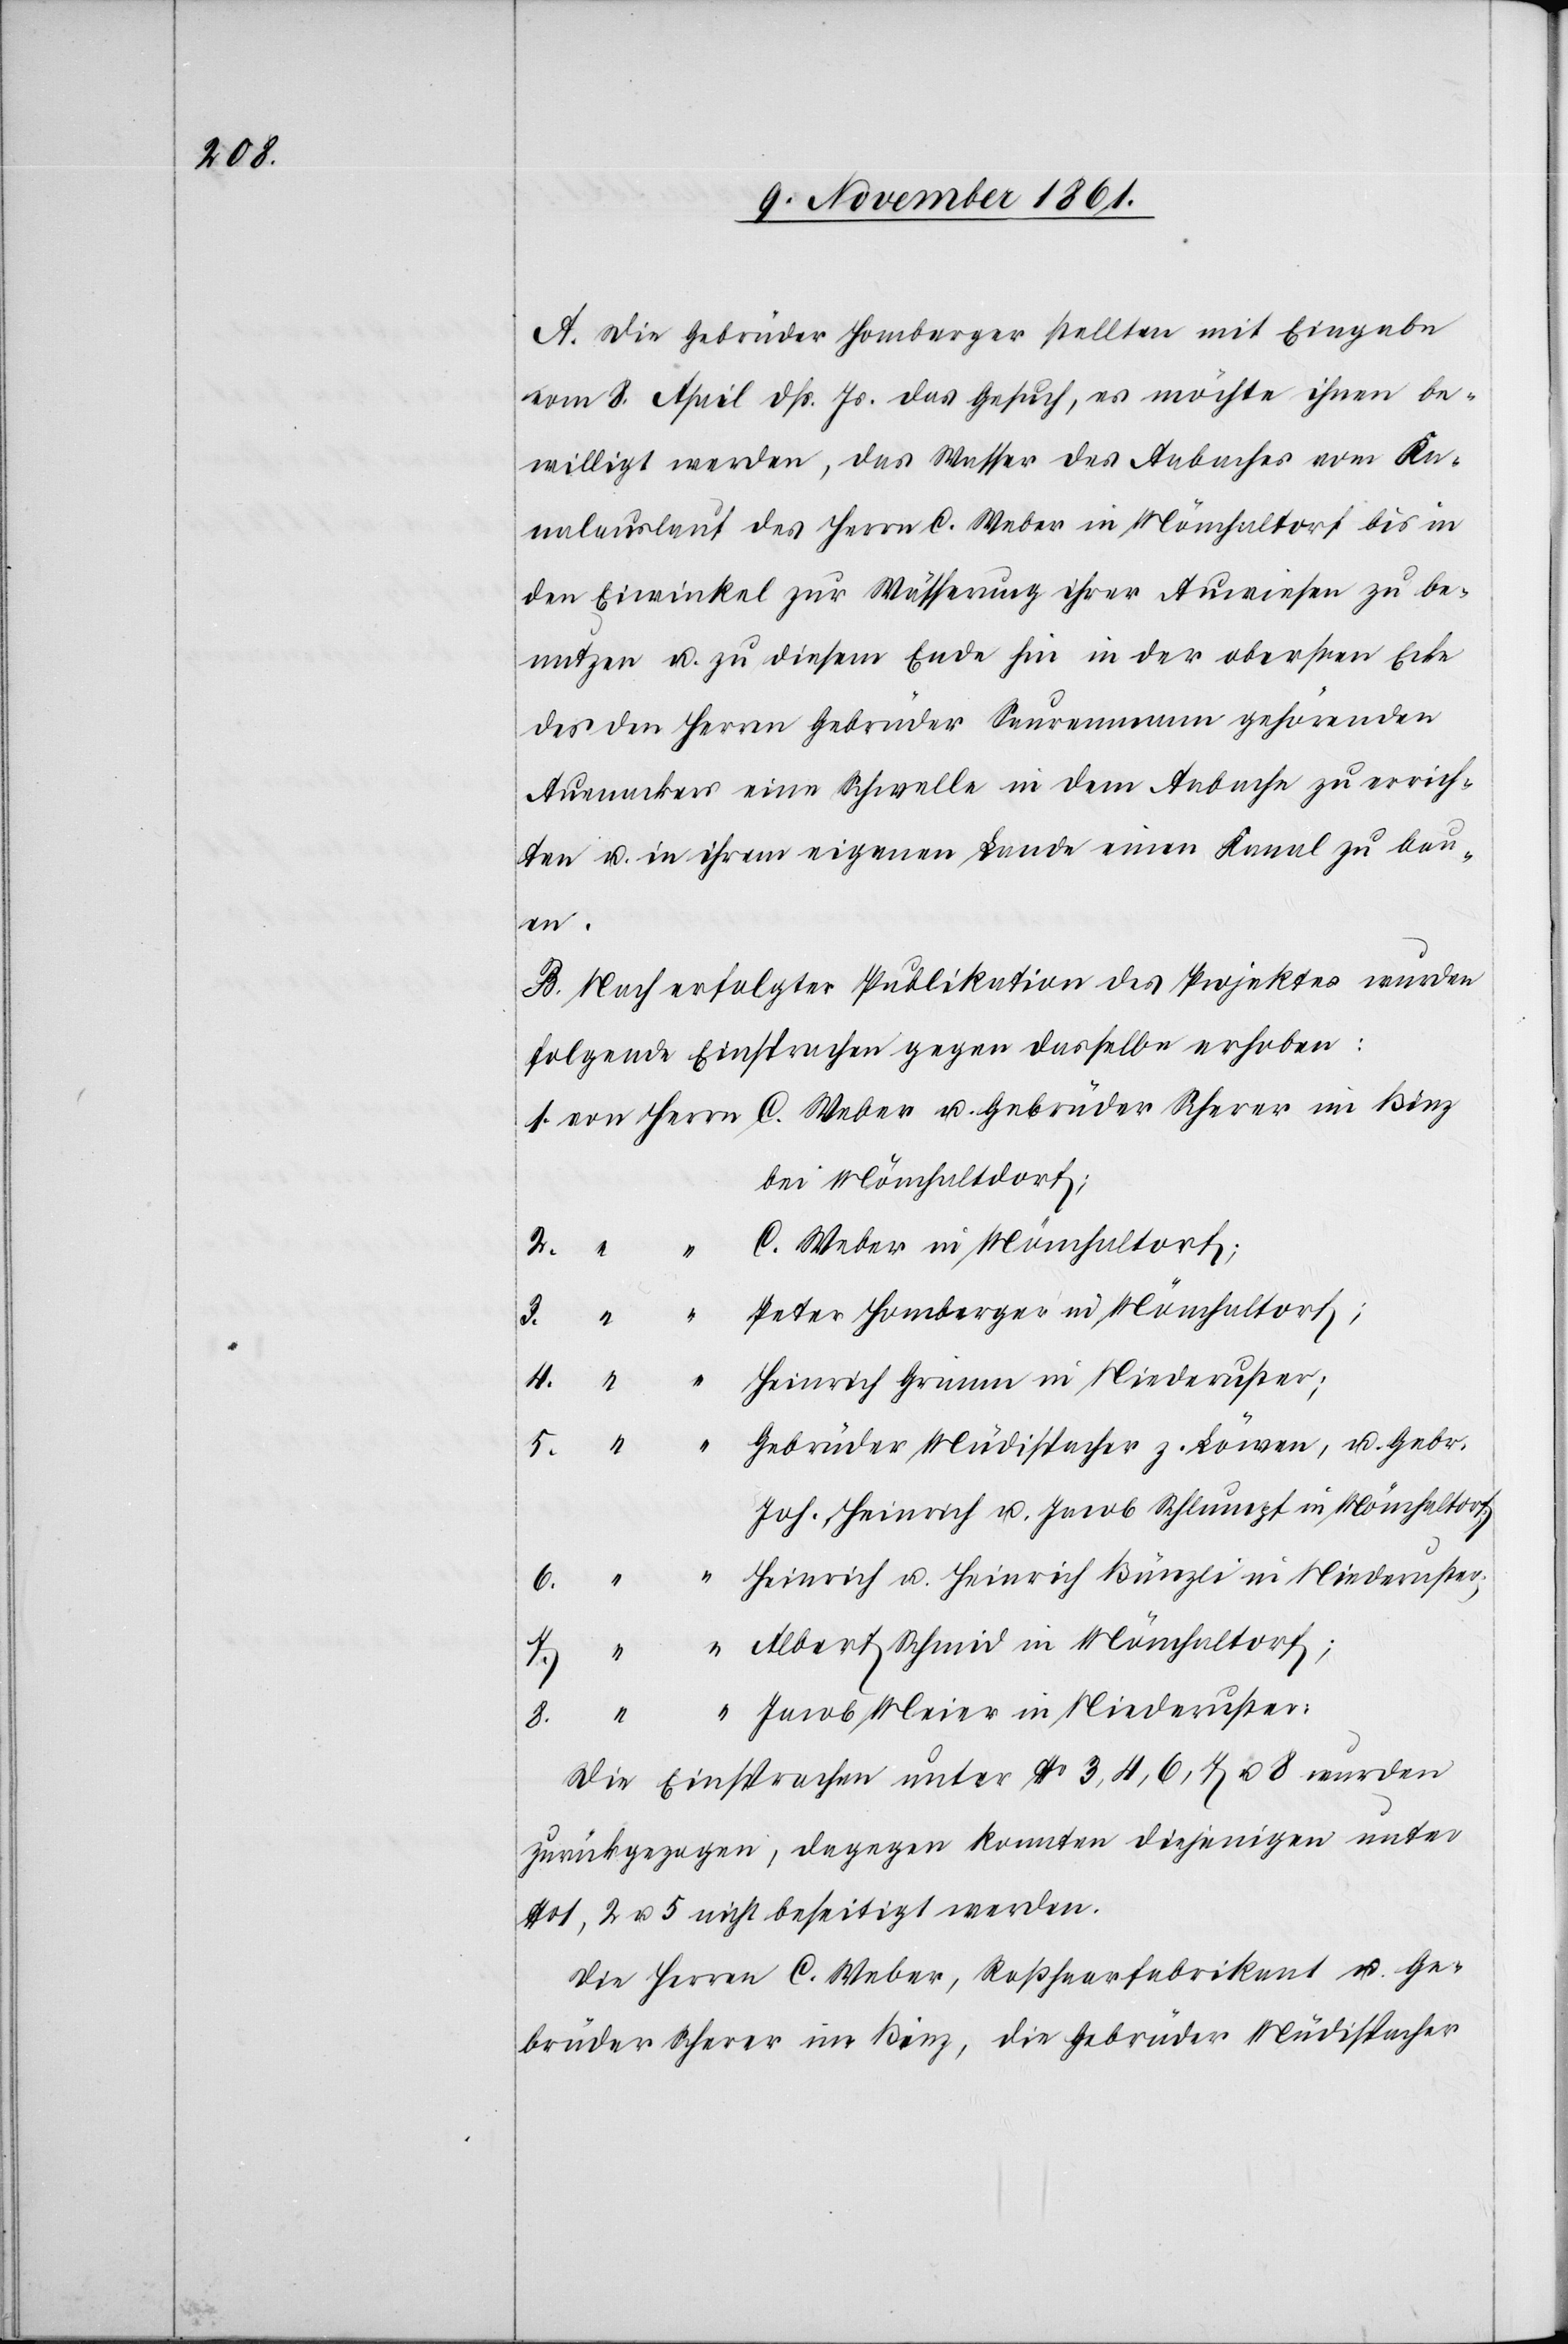
A. Die Gebrüder Homberger stellten mit Eingabe
vom 8 April dß. Js. das Gesuch, es möchte ihnen be¬
willigt werden, das Wasser des Aabaches vom Ka¬
nalauslauf des Herrn C. Weber in Mönchaltorf bis in
den Eiwinkel zur Wässerung ihrer Auwiesen zu be¬
nutzen u. zu diesem Ende hin in der obersten Ecke
des den Herrn Gebrüder Seurenmann gehörenden
Auenackers eine Schwelle in dem Aabache zu errich¬
ten u. in ihrem eigenen Lande einen Kanal zu bau¬
en.
B. Nach erfolgter Publikation des Projektes wurden
folgende Einsprachen gegen dasselbe erhoben:
1. von Herrn C. Weber u. Gebrüder Scherer im Binz
bei Mönchaltorf;
C. Weber in Mönchaltorf;
5.
Peter Homberger Mönchaltorf;
Heinrich Grimm in Niederuster;
Gebrüder Müdispacher z. Löwen, u. Gebr.
Joh. Heinrich u. Jakob Schlumpf in
6. “	 “	 Heinrich u. Heinrich Bünzli in Niederuster;
7. “	 “	 Albert Schmid in Mönchaltorf;
8. “	 “	 Jacob Meier in Niederuster:
Die Einsprachen unter N° 3, 4, 6, 7 u. 8 wurden
zurückgezogen, dagegen konnten diejenigen unter
1, 2 u. 5 nicht beseitigt werden.
Die Herren C. Weber, Roßhaarfabrikant u. Ge¬
brüder Scherer im Binz, die Gebrüder Müdispacher